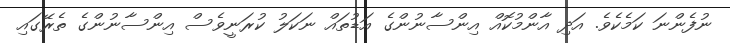
ނުފެންނަ ކަމެކެވެ. އަދި އާންމުކޮއް އިންސާނުންގެ އަޑުތައް ނަކަލު ކުރަނީވެސް އިންސާނުންގެ ތެރޭގައި